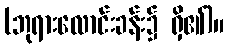
(ဘုရားလောင်းခန်း၌ ရှိ၏)။